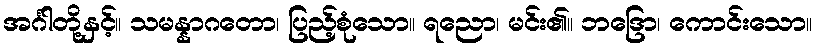
အင်္ဂါတို့နှင့်။ သမန္နာဂတော၊ ပြည့်စုံသော။ ရညော၊ မင်း၏။ ဘဒြော၊ ကောင်းသော။